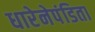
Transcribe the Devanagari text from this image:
धारेनेपंडिता